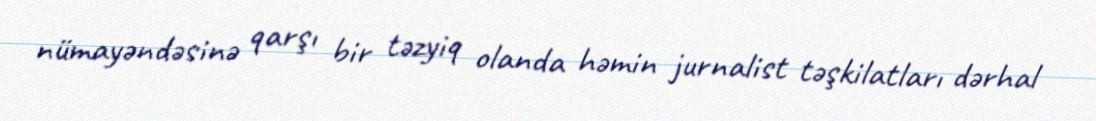
nümayəndəsinə qarşı bir təzyiq olanda həmin jurnalist təşkilatları dərhal